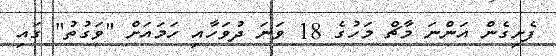
ފެށިގެން އަންނަ މާޗް މަހުގެ 18 ވަނަ ދުވަހާއި ހަމައަށް "ވަގުތު" ގައި